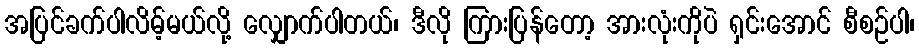
အပြင်ခက်ပါလိမ့်မယ်လို့ လျှောက်ပါတယ်၊ ဒီလို ကြားပြန်တော့ အားလုံးကိုပဲ ရှင်းအောင် စီစဉ်ပါ၊